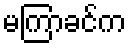
မကြာခင်က